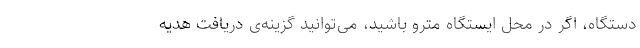
دستگاه، اگر در محل ایستگاه مترو باشید، می‌توانید گزینه‌ی دریافت هدیه